Annual report on the working of the lock hospitals in the Central Provinces
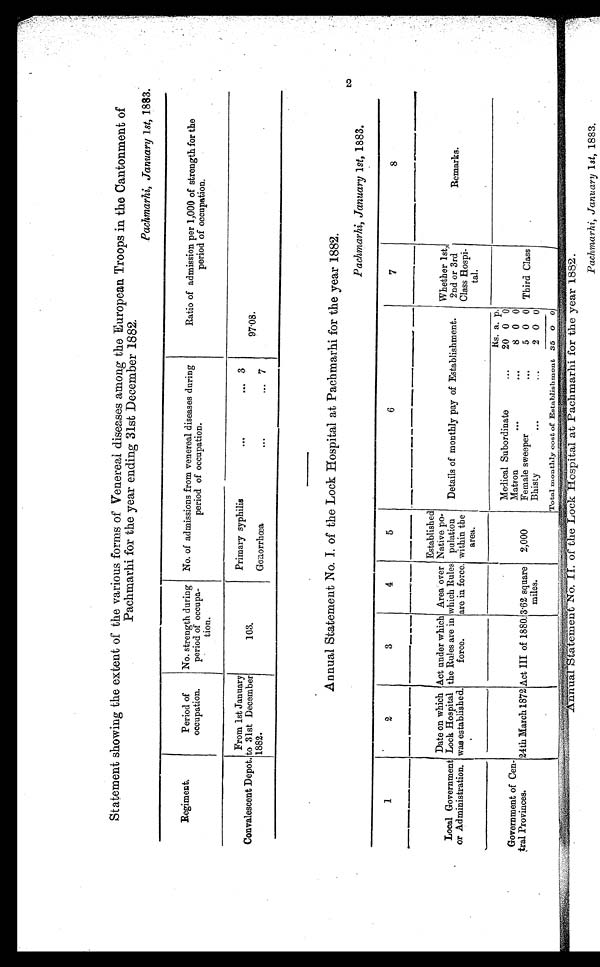
Statement showing the extent of the various forms of Venereal diseases among the European Troops in the Cantonment of
Pachmarhi for the year ending 31st December 1882.
Pachmarhi, January 1st, 1883.
Annual Statement No. I. of the Lock Hospital at Pachmarhi for the year 1882.
Pachmarhi, January 1st, 1883.
Annual tatetaent No. I. of the Lock Hospital at Pachmarhi for the year 1882.
Pachmarhi, January 1st, 1883.
Regiment.
Period of
occupation.
No. strength during
period of occupa-
tion.
No. of admissions from venereal diseases during
period of occupatio
Ratio of admission per 1,000 of strength for the
period of occuation. p
Convalescent Depot. to 31st December
103.
1882.
Gouorrhcea
...
From 1st January
Primary syphilis
. . .
. . .
3
.
08.
7
.
1
2
3
4
5
6
7
8
or Administration
Date on which Act
was establishe
unde which Area
Established
taa.MMaalll an...naa n.... 11.1=MIMaa., ...n. ...a ...am.... .......................T .....n0.4.Na.l.... Mese amana
over Native po-
Whether 1st,
Local Government Lock Hospital the Rules are in which Rules pulation
Details of monthl pay of Establishment.
2nd or 3rd
Remarks.
y
force.
are in force. within the
Class Hospi-
area.
tal.
-
Government of Cen-
Matron
. . .
4a1 Provinces.
24th March 1872 Act III of 1880. 3.62 square 2,000
Female sweeper
Ks a. p.
Medical Subordinate
...
20 0 0°'
.
8 0 0
'"
5 0 0 Third Class
miles.
Bhisty
a ..
.
2 0 0
Total monthly cost of Establishment 35 0 0
.._ ....... . .. ,